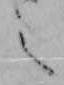
之